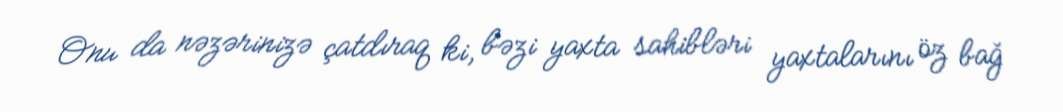
Onu da nəzərinizə çatdıraq ki, bəzi yaxta sahibləri yaxtalarını öz bağ